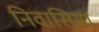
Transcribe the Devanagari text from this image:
निवासिया